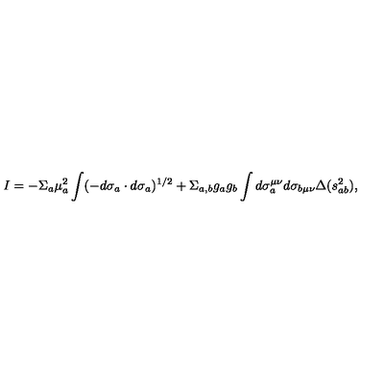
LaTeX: I = - \Sigma _ { a } \mu _ { a } ^ { 2 } \int ( - d \sigma _ { a } \cdot d \sigma _ { a } ) ^ { 1 / 2 } + \Sigma _ { a , b } g _ { a } g _ { b } \int d \sigma _ { a } ^ { \mu \nu } d \sigma _ { b \mu \nu } \Delta ( s _ { a b } ^ { 2 } ) ,